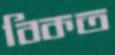
বিকত